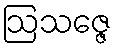
ဩသဇ္ဇေ